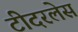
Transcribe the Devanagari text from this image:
टीदरलेस